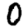
Digit: 0